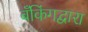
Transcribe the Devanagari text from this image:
बँकिंगद्वारा